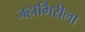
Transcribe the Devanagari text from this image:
जहागिरीला